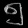
Digit: ၅